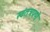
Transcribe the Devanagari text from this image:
स्वंतत्रपणे